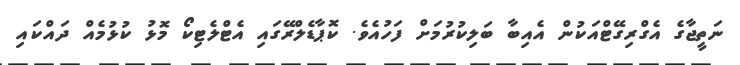
ނަތީޖާގެ އެގްރިގޭޓްއަކުން އެއިބާ ބަލިކުރުމަށް ފަހުއެވެ. ކޮޕާޑެލްރޭގައި އެޓްލެޓިކޯ މޮޅު ކުޅުމެއް ދައްކައި